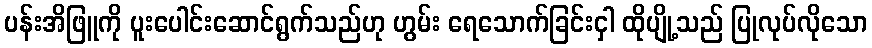
ပန်းအိဖြူကို ပူးပေါင်းဆောင်ရွက်သည်ဟု ဟွမ်း ရေသောက်ခြင်းငှါ ထိုပျို့သည် ပြုလုပ်လိုသော